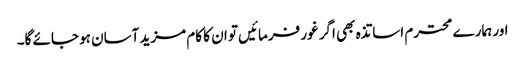
اور ہمارے محترم اساتذہ بھی اگر غور فرمائیں تو ان کا کام مزید آسان ہو جائے گا۔